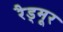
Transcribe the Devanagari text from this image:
रैड्मूर